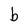
Character: b